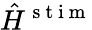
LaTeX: \hat{H}^{\mathrm{~s~t~i~m~}}